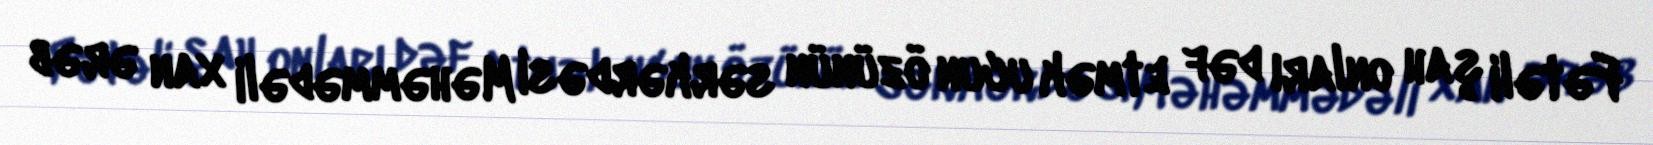
Fətəli şah onları dəf etmək ucun özünün sərkərdəsi Məhəmmədəli xan ərəb